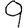
Digit: 9